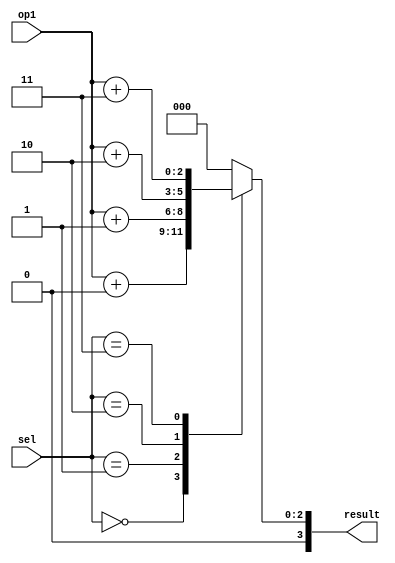
module parallel_case_statement (
    input [3:0] sel,
    input [1:0] op1,
    output reg [3:0] result
);

always @(*) begin
    case(sel)
        4'b0000: result = op1 + 4'b0000;
        4'b0001: result = op1 + 4'b0001;
        4'b0010: result = op1 + 4'b0010;
        4'b0011: result = op1 + 4'b0011;
        default: result = 4'b0000;
    endcase
end

endmodule